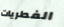
الفطريات